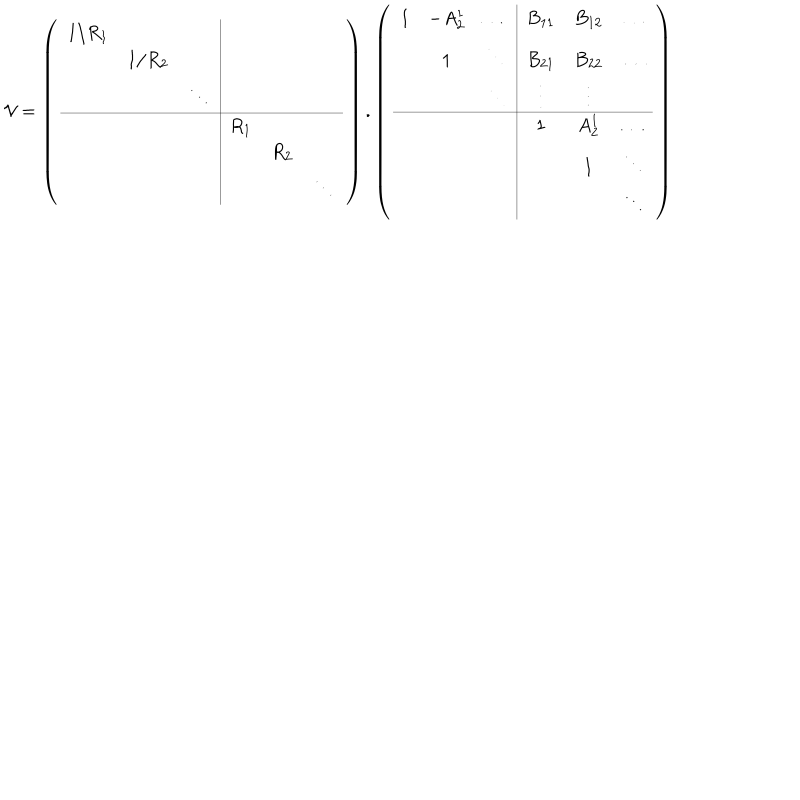
LaTeX: \mathcal { V } = \left( \begin{array} { c c c | c c c } { { 1 / R _ { 1 } } } & { { } } & { { } } & { { } } & { { } } & { { } } \\ { { } } & { { 1 / R _ { 2 } } } & { { } } & { { } } & { { } } & { { } } \\ { { } } & { { } } & { { \ddots } } & { { } } & { { } } & { { } } \\ \hline { { } } & { { } } & { { } } & { { R _ { 1 } } } & { { } } & { { } } \\ { { } } & { { } } & { { } } & { { } } & { { R _ { 2 } } } & { { } } \\ { { } } & { { } } & { { } } & { { } } & { { } } & { { \ddots } } \\ \end{array} \right) . \left( \begin{array} { c c c | c c c } { { 1 } } & { { - A _ { 2 } ^ { 1 } } } & { { \dots } } & { { B _ { 1 1 } } } & { { B _ { 1 2 } } } & { { \dots } } \\ { { } } & { { 1 } } & { { \ddots } } & { { B _ { 2 1 } } } & { { B _ { 2 2 } } } & { { \dots } } \\ { { } } & { { } } & { { \ddots } } & { { \vdots } } & { { \vdots } } & { { } } \\ \hline { { } } & { { } } & { { } } & { { 1 } } & { { A _ { 2 } ^ { 1 } } } & { { \dots } } \\ { { } } & { { } } & { { } } & { { } } & { { 1 } } & { { \ddots } } \\ { { } } & { { } } & { { } } & { { } } & { { } } & { { \ddots } } \\ \end{array} \right)